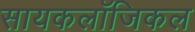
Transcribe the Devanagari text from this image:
सायकलॉजिकल